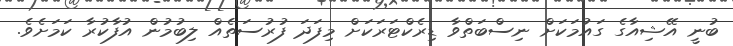
ބުނީ އޭޝިއާގެ ގައުމަކަށް ނިސްބަތްވާ ޑިރެކްޓަރަކަށް މިފަދަ ފުރުސަތެއް ލިބުމުން އުފާކުރާ ކަމަަށެވެ.